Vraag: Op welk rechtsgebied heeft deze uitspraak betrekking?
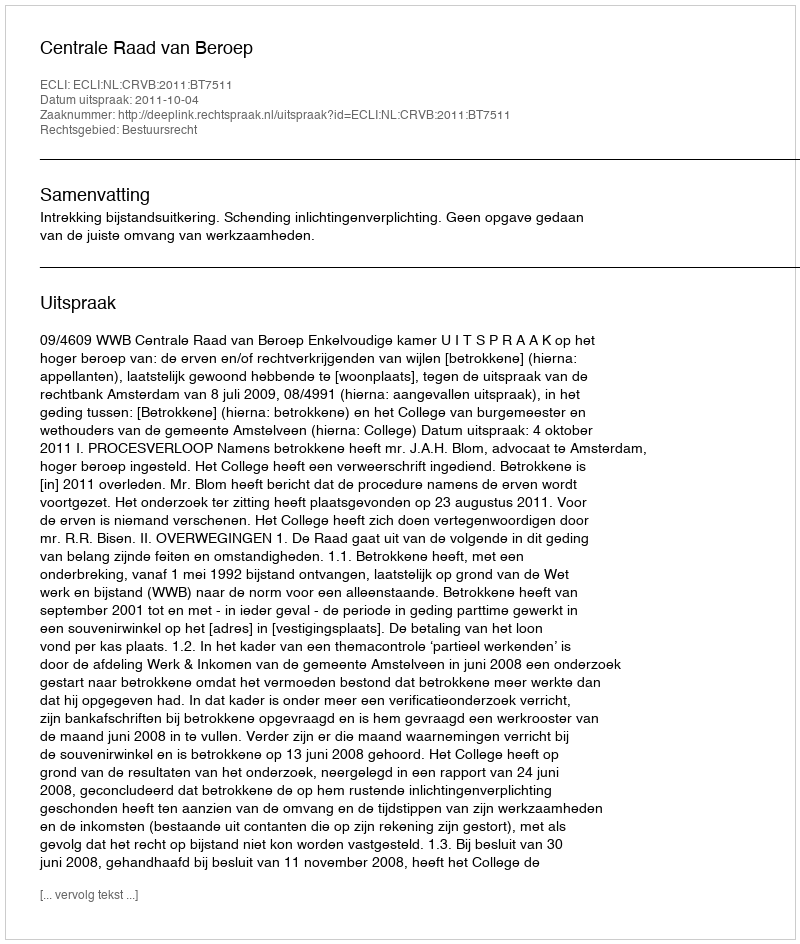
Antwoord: Bestuursrecht